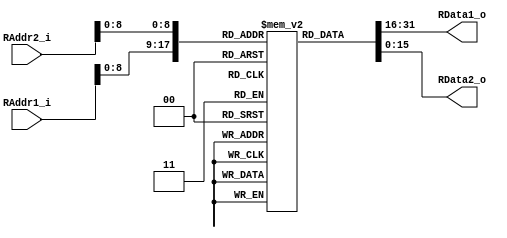

module rom #(
parameter AW = 16,
parameter DW = 16,
parameter DN = 512
)(
//port1
input 	[AW-1:0]RAddr1_i,
output 	[DW-1:0]RData1_o,
//port2                 
input 	[AW-1:0]RAddr2_i,
output 	[DW-1:0]RData2_o
);

(* keep = "true" *)reg [DW-1:0]mem[DN-1:0];

//RData1_o
assign RData1_o = mem[RAddr1_i];

//RData1_o
assign RData2_o = mem[RAddr2_i];

endmodule